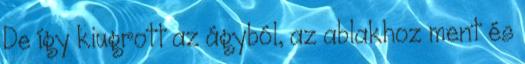
De így kiugrott az ágyból, az ablakhoz ment és